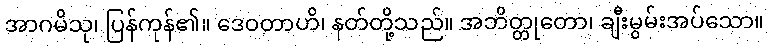
အာဂမိသု၊ ပြန်ကုန်၏။ ဒေဝတာဟိ၊ နတ်တို့သည်။ အဘိတ္တုတော၊ ချီးမွမ်းအပ်သော။